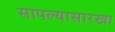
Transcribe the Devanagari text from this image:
सापल्यासारखा